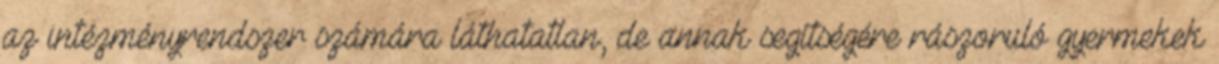
az intézményrendszer számára láthatatlan, de annak segítségére rászoruló gyermekek